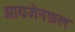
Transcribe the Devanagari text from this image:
आयजेनफ़ल